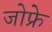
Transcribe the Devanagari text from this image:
जोफ्रे